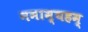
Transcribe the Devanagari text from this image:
नमाम्यहम्‌